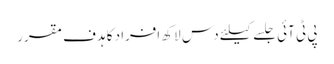
پی ٹی آئی جلسے کیلئے دس لاکھ افراد کا ہدف مقرر